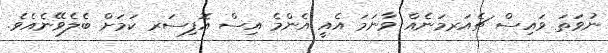
ނުވަތަ ވައިސް ޗެއަރމަނެއް ވާނަމަ އެއީ އެންމެ އިސް އޮފިސަރ ކަމަށް ބެލެވޭނެއެވެ.